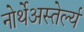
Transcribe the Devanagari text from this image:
नोर्थेअस्तेर्ल्य